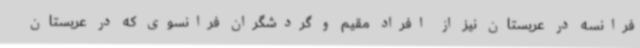
فرانسه در عربستان نیز از افراد مقیم و گردشگران فرانسوی که در عربستان